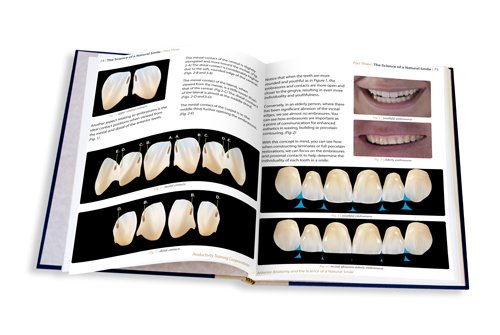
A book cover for Anterior Anatomy and the Science of a Natural Smile (PTC TechBooks, Volume 2); John C Ness; Medical Books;